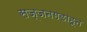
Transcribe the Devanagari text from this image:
सज्जनगडाहून